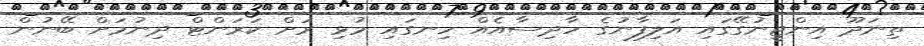
ތިނަދޫ އިންޖީނުގޭގައި އަލިފާނުގެ ހާދިސާއެއް ހިނގައި މުޅި ރަށް ކަރަންޓް ދިނުމަށް ބޭނުން